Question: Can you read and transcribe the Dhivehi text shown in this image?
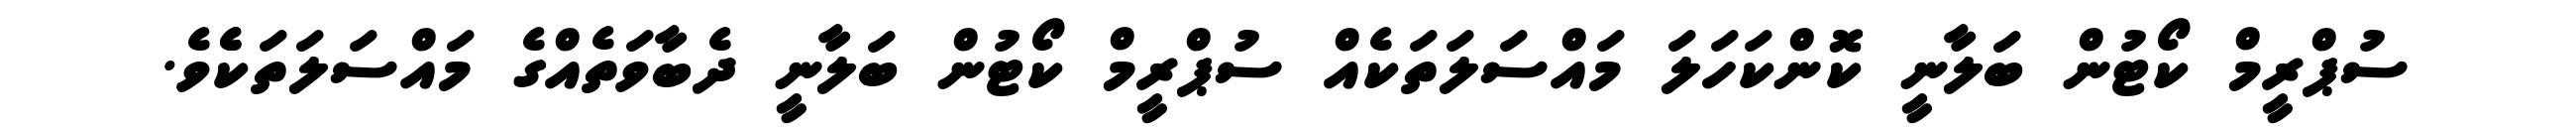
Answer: ސުޕްރީމް ކޯޓުން ބަލާނީ ކޮންކަހަލަ މައްސަލަތަކެއް ސުޕްރީމް ކޯޓުން ބަލާނީ ދެބާވަތެއްގެ މައްސަލަތަކެެވެ.